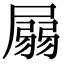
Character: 𡲳